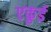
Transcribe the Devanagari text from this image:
एकुई